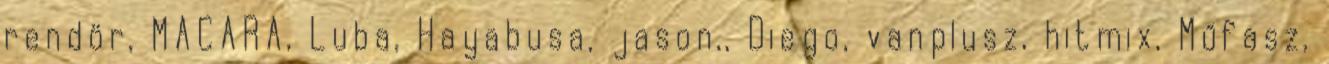
rendör, MACARA, Luba, Hayabusa, jason,, Diego, vanplusz, hitmix, Műfasz,